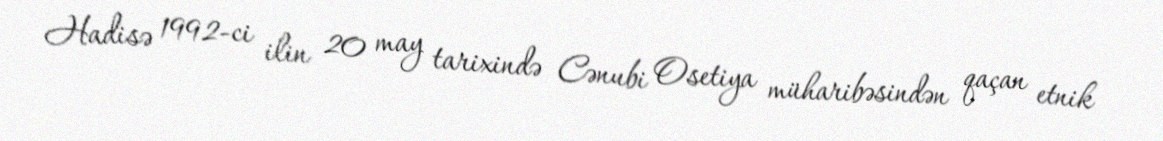
Hadisə 1992-ci ilin 20 may tarixində Cənubi Osetiya müharibəsindən qaçan etnik